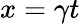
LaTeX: x=\gamma t